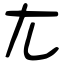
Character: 𡯁